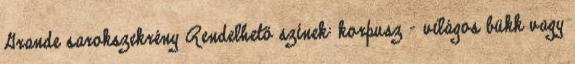
Grande sarokszekrény Rendelhető színek: korpusz - világos bükk vagy